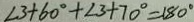
\angle 3 + 6 0 ^ { \circ } + \angle 3 + 7 0 ^ { \circ } = 1 8 0 ^ { \circ }